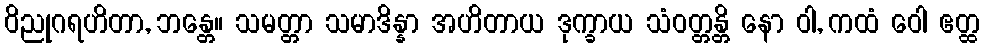
ဝိညုဂရဟိတာ, ဘန္တေ။ သမတ္တာ သမာဒိန္နာ အဟိတာယ ဒုက္ခာယ သံဝတ္တန္တိ နော ဝါ, ကထံ ဝေါ ဧတ္ထ